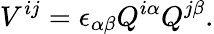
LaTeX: V^{ij}=\epsilon_{\alpha\beta}Q^{i\alpha}Q^{j\beta}.